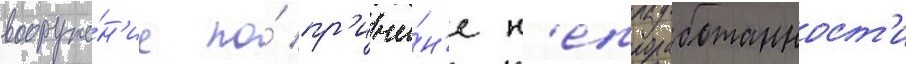
вооруже́н'ие по́ пр'ичи́н'е н'епроработанност'и